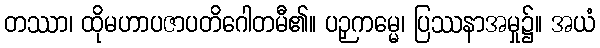
တဿာ၊ ထိုမဟာပဇာပတိဂေါတမီ၏။ ပဉှကမ္မေ၊ ပြဿနာအမှု၌။ အယံ